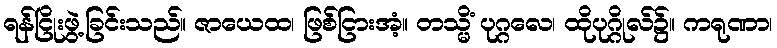
ရန်ငြိုးဖွဲ့ခြင်းသည်။ ဇာယေထ၊ ဖြစ်ငြားအံ့။ တသ္မိံ ပုဂ္ဂလေ၊ ထိုပုဂ္ဂိုလ်၌။ ကရုဏာ၊